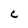
Character: C